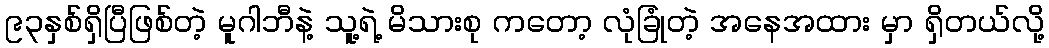
၉၃နှစ်ရှိပြီဖြစ်တဲ့ မူဂါဘီနဲ့ သူ့ရဲ့ မိသားစု ကတော့ လုံခြုံတဲ့ အနေအထား မှာ ရှိတယ်လို့